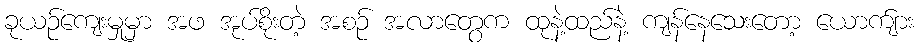
ခုယဉ်ကျေးမှုမှာ အဖ အုပ်စိုးတဲ့ အစဉ် အလာတွေက ထုနဲ့ထည်နဲ့ ကျန်နေသေးတော့ ယောက်ျား